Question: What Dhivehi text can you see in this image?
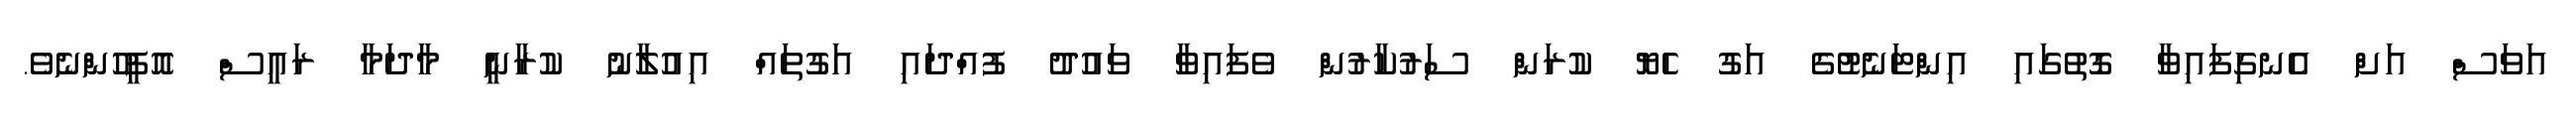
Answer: އަވަސް އަށް އެނގިފައިވާ ގޮތުގައި އިންޓަނެޓުގެ އަގު ހެޔޮ ކުރަން ސަރުކާރުން ވެފައިވާ ވައުދު ފުއްދައި އަގުތައް އިއުލާނު ކުރާނީ މާދަމާ ރައީސް އޮފީހުންނެވެ.